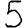
Digit: 5